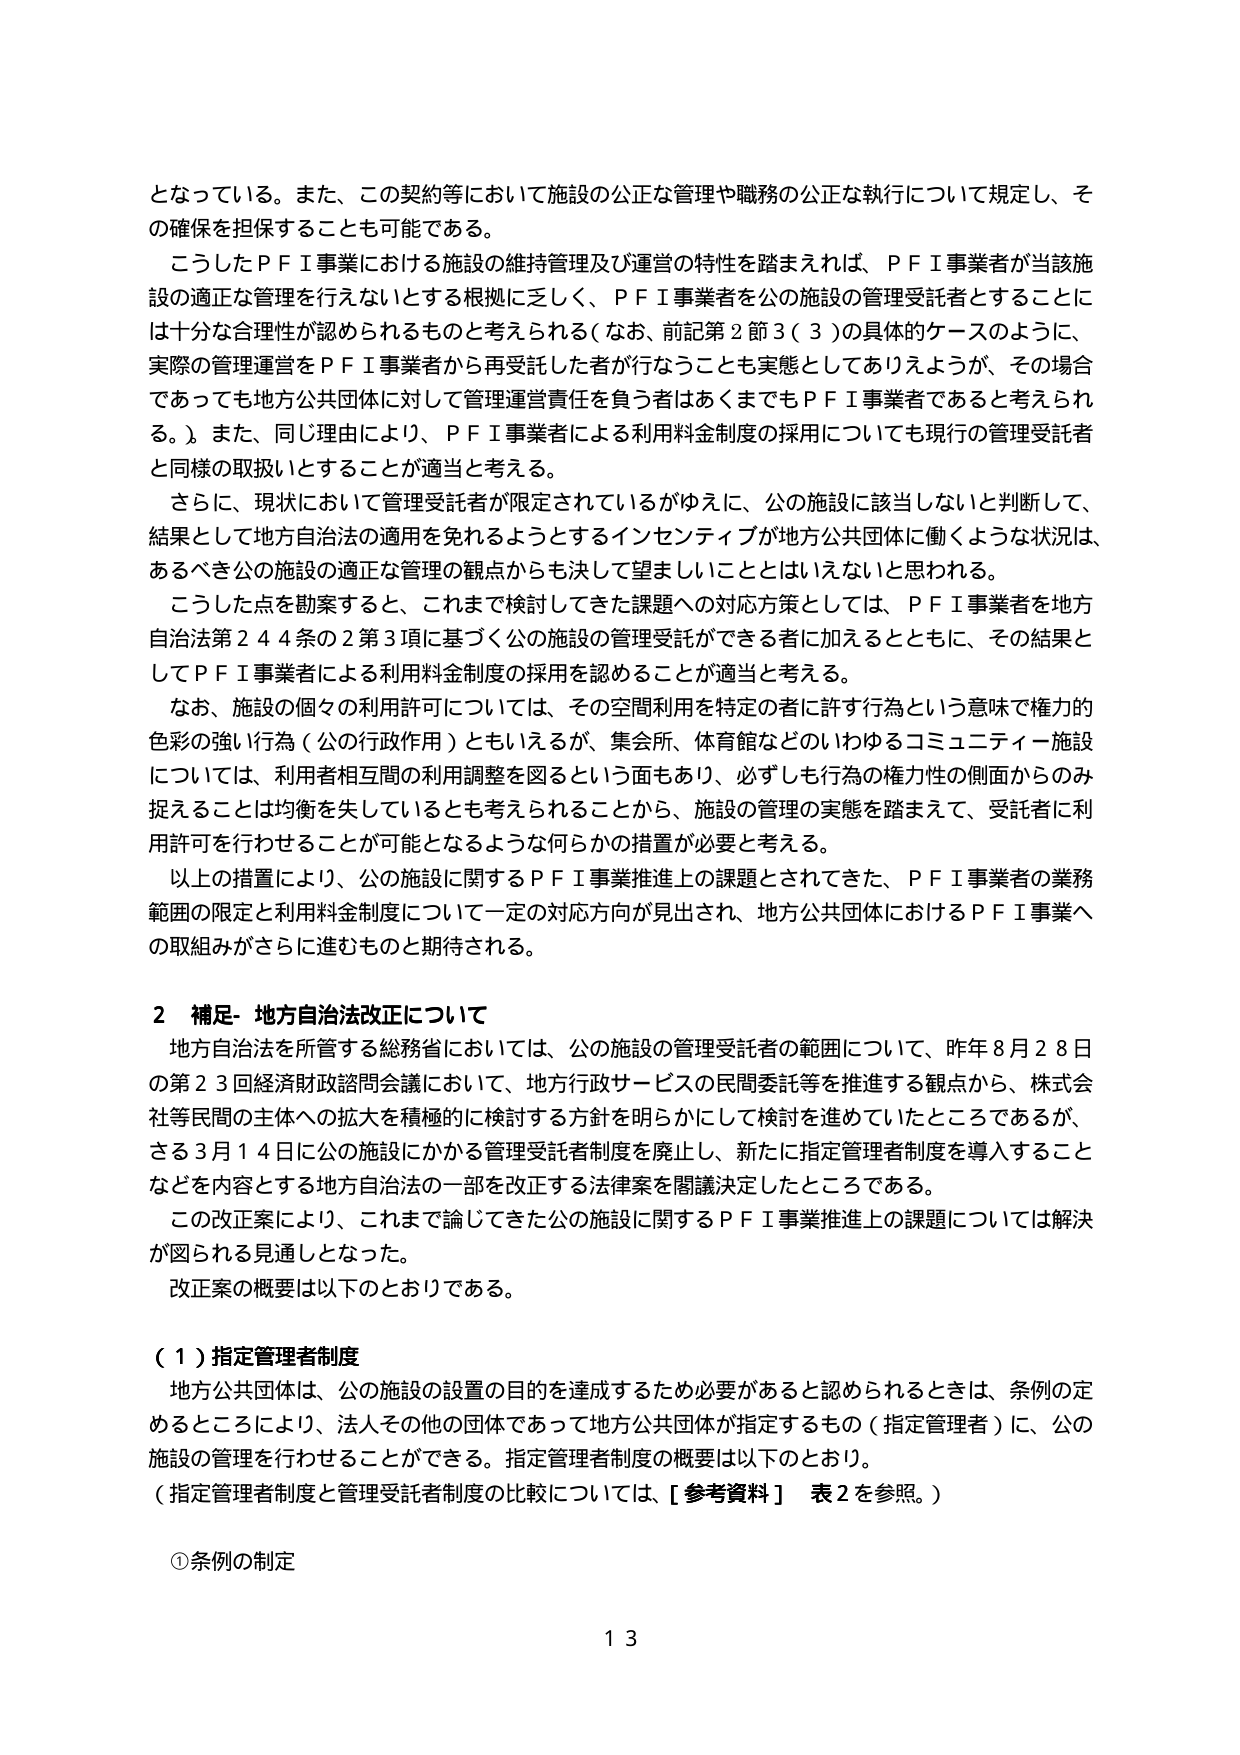
となっている。また、この契約等において施設の公正な管理や職務の公正な執行について規定し、その確保を担保することも可能である。

こうしたＰＦＩ事業における施設の維持管理及び運営の特性を踏まえれば、ＰＦＩ事業者が当該施設の適正な管理を行えないとする根拠に乏しく、ＰＦＩ事業者を公の施設の管理受託者とすることには十分な合理性が認められるものと考えられる（なお、前記第２節３（３）の具体的ケースのように、実際の管理運営をＰＦＩ事業者から再受託した者が行なうことも実態としてありえようが、その場合であっても地方公共団体に対して管理運営責任を負う者はあくまでもＰＦＩ事業者であると考えられる。）。また、同じ理由により、ＰＦＩ事業者による利用料金制度の採用についても現行の管理受託者と同様の取扱いとすることが適当と考える。

さらに、現状において管理受託者が限定されているがゆえに、公の施設に該当しないと判断して、結果として地方自治法の適用を免れるようとするインセンティブが地方公共団体に働くような状況は、あるべき公の施設の適正な管理の観点からも決して望ましいこととはいえないと思われる。

こうした点を勘案すると、これまで検討してきた課題への対応方策としては、ＰＦＩ事業者を地方自治法第２４４条の２第３項に基づく公の施設の管理受託ができる者に加えるとともに、その結果としてＰＦＩ事業者による利用料金制度の採用を認めることが適当と考える。

なお、施設の個々の利用許可については、その空間利用を特定の者に許す行為という意味で権力的色彩の強い行為（公の行政作用）ともいえるが、集会所、体育館などのいわゆるコミュニティ施設については、利用者相互間の利用調整を図るという面もあり、必ずしも行為の権力性の側面からのみ捉えることは均衡を失しているとも考えられることから、施設の管理の実態を踏まえて、受託者に利用許可を行わせることが可能となるような何らかの措置が必要と考える。

以上の措置により、公の施設に関するＰＦＩ事業推進上の課題とされてきた、ＰＦＩ事業者の業務範囲の限定と利用料金制度について一定の対応方向が見出され、地方公共団体におけるＰＦＩ事業への取組みがさらに進むものと期待される。

２ 補足・地方自治法改正について

地方自治法を所管する総務省においては、公の施設の管理受託者の範囲について、昨年８月２８日の第２３回経済財政諮問会議において、地方行政サービスの民間委託等を推進する観点から、株式会社等民間の主体への拡大を積極的に検討する方針を明らかにして検討を進めていたところであるが、さる３月１４日に公の施設にかかる管理受託者制度を廃止し、新たに指定管理者制度を導入することなどを内容とする地方自治法の一部を改正する法律案を閣議決定したところである。

この改正案により、これまで論じてきた公の施設に関するＰＦＩ事業推進上の課題については解決が図られる見通しとなった。

改正案の概要は以下のとおりである。

（１）指定管理者制度

地方公共団体は、公の施設の設置の目的を達成するため必要があると認められるときは、条例の定めるところにより、法人その他の団体であって地方公共団体が指定するもの（指定管理者）に、公の施設の管理を行わせることができる。指定管理者制度の概要は以下のとおり。

（指定管理者制度と管理受託者制度の比較については、［参考資料］ 表２を参照。）

①条例の制定

１３